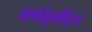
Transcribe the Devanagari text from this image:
पार्श्वभूमीवरच